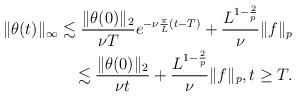
LaTeX: \begin{align*}\|\theta(t)\|_\infty \lesssim \frac{\|\theta(0)\|_2}{\nu T}e^{-\nu \frac{\pi}{L}(t-T)} +\frac{L^{1-\frac2p}}{\nu} \|f\|_p\\ \lesssim \frac{\|\theta(0)\|_2}{\nu t} +\frac{L^{1-\frac2p}}{\nu} \|f\|_p,t\geq T.\end{align*}